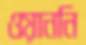
ওয়াননি